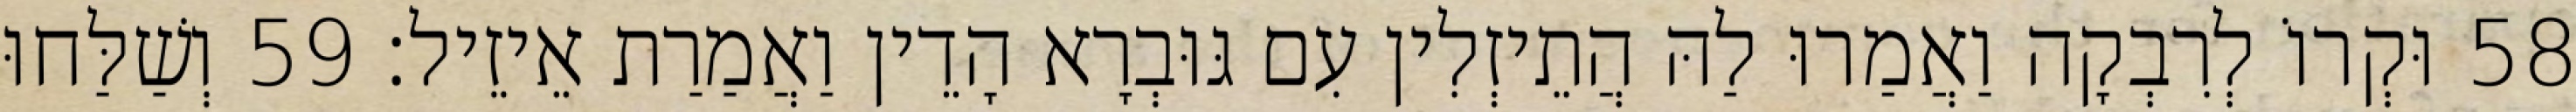
58 וּקְרוֹ לְרִבְקָה וַאֲמַרוּ לַהּ הֲתֵיזְלִין עִם גּוּבְרָא הָדֵין וַאֲמַרַת אֵיזֵיל׃ 59 וְשַׁלַּחוּ